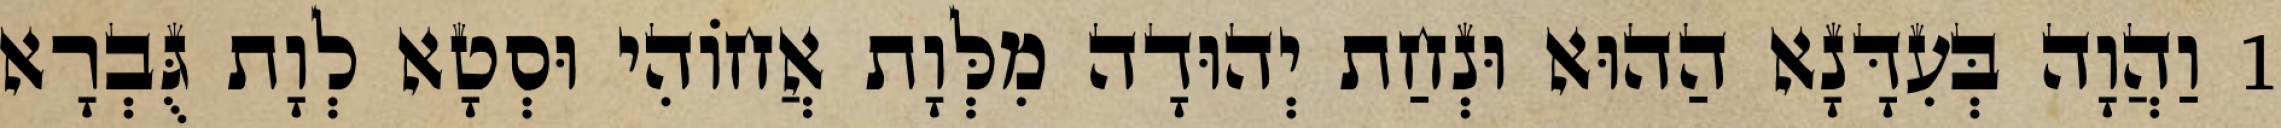
1 וַהֲוָה בְּעִדָּנָא הַהוּא וּנְחַת יְהוּדָה מִלְּוָת אֲחוֹהִי וּסְטָא לְוָת גֻּבְרָא